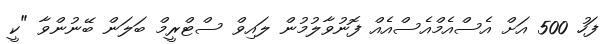
ފަހު 500 އަށް އެސްއެމްއެސްއެއް ފޮނުވާލުމުން ލައިވް ސްޓްރީމް ބަލަން ބޭނުންވާ "ކީ